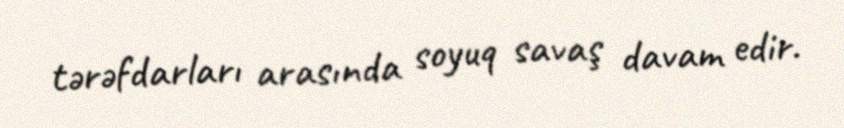
tərəfdarları arasında soyuq savaş davam edir.